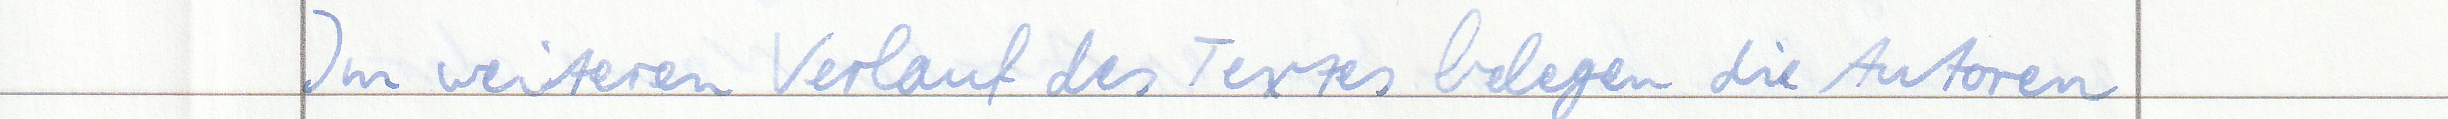
Im weiteren Verlauf des Textes belegen die Autoren